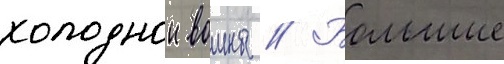
холоднои воины // Большие